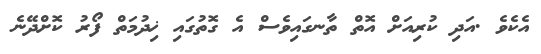
އެކެވެ .އަދި ކުރިއަށް އޮތް ތާނގައިވެސް އެ ގޮތުގައި ޚިދުމަތް ފޯރު ކޮށްދޭނެ